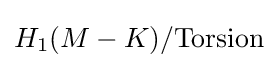
H_{1}(M-K)/{\text{Torsion}}